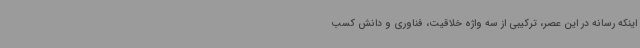
اینکه رسانه در این عصر، ترکیبی از سه واژه خلاقیت، فناوری و دانش کسب